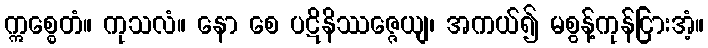
ဣစ္စေတံ။ ကုသလံ။ နော စေ ပဋိနိဿဇ္ဇေယျ၊ အကယ်၍ မစွန့်ကုန်ငြားအံ့။